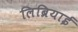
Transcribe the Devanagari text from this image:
लिब्रियाई